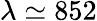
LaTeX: \lambda\simeq 852